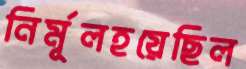
নির্মূলহয়েছিল